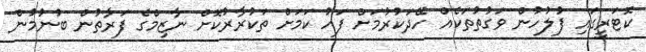
ކޮޓަރީގައި ފުލުހުން ވަގުތުތަކެއް ހޭދަކުރުމަށް ފަހު ކަމަށް ތަކުރާރުކޮށް ނާޒިމްގެ ފަރާތުން ބުނުމުން